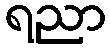
ရညာ